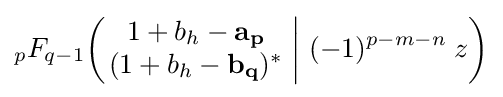
_{p}F_{q-1}\!\left(\left.{\begin{matrix}1+b_{h}-\mathbf {a_{p}} \\(1+b_{h}-\mathbf {b_{q}} )^{*}\end{matrix}}\;\right|\,(-1)^{p-m-n}\;z\right)